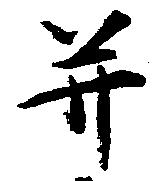
并